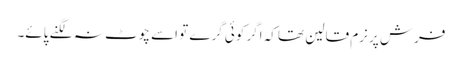
فرش پر نرم قالین تھا کہ اگر کوئی گرے تو اسے چوٹ نہ لگنے پائے۔